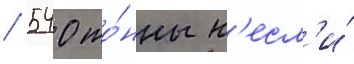
/ 540 то́нны н'есл'и́